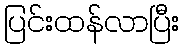
ပြင်းထန်လာပြီး